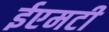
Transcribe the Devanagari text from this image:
ईएमटी